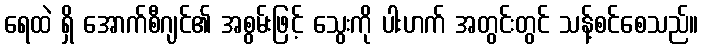
ရေထဲ ရှိ အောက်စီဂျင်၏ အစွမ်းဖြင့် သွေးကို ပါးဟက် အတွင်းတွင် သန့်စင်စေသည်။